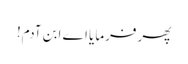
پھر فرمایا اے ابن آدم!